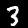
Digit: 3